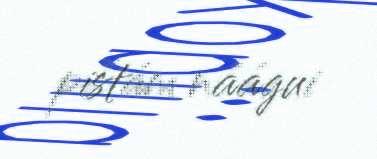
pištám náágui